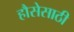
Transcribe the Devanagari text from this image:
हौसेसाठी